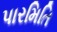
પારમિતિ